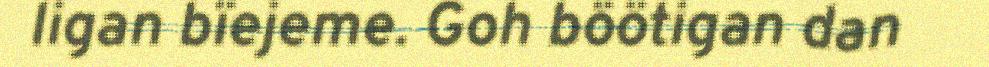
ligan bïejeme. Goh böötigan dan